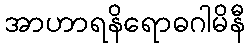
အာဟာရနိရောဓဂါမိနီ